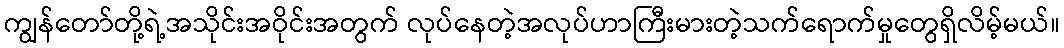
ကျွန်တော်တို့ရဲ့အသိုင်းအဝိုင်းအတွက် လုပ်နေတဲ့အလုပ်ဟာကြီးမားတဲ့သက်ရောက်မှုတွေရှိလိမ့်မယ်။